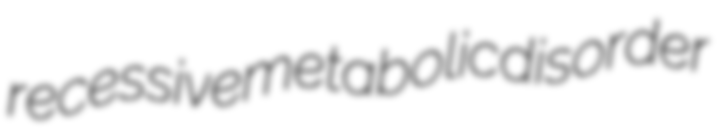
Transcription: recessivemetabolic disorder